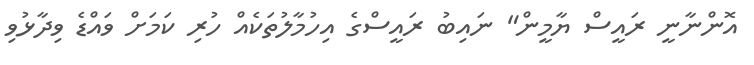
އޮންނާނީ ރައީސް ޔާމީން" ނައިބު ރައީސްގެ އިހުމާލުތަކެއް ހުރި ކަމަށް ވައްޑެ ވިދާޅުވި